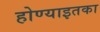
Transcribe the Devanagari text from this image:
होण्याइतका